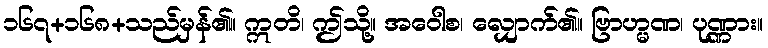
၁၆၇+၁၆၈+သည်မှန်၏။ ဣတိ၊ ဤသို့။ အဝေါစ၊ လျှောက်၏။ ဗြာဟ္မဏ၊ ပုဏ္ဏား။